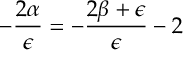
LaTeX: - \frac { 2 \alpha } { \epsilon } = - \frac { 2 \beta + \epsilon } { \epsilon } - 2